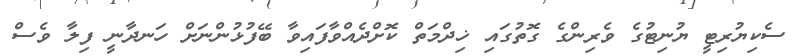
ސެކިޔުރިޓީ ޔުނިޓުގެ ވެރިންގެ ގޮތުގައި ޚިދްމަތް ކޮށްދެއްވާފައިވާ ބޭފުޅުންނަށް ހަނދާނީ ފިލާ ވެސް